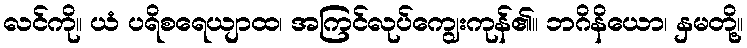
လင်ကို။ ယံ ပရိစရေယျာထ၊ အကြင်လုပ်ကျွေးကုန်၏။ ဘဂိနိယော၊ နှမတို့။